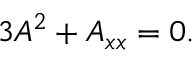
3 A ^ { 2 } + A _ { x x } = 0 .